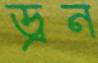
ড্রন